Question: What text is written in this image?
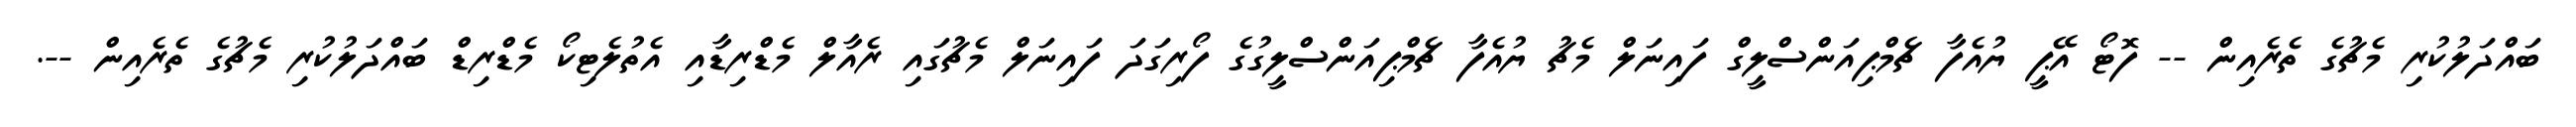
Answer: ބައްދަލުކުރި މެޗުގެ ތެރެއިން -- ފޮޓޯ އޭޕީ ޔުއެފާ ޗެމްޕިއަންސްލީގް ފައިނަލް މެޗު ޔުއެފާ ޗެމްޕިއަންސްލީގުގެ ފޯރިގަދަ ފައިނަލް މެޗުގައި ރެއާލް މެޑްރިޑާއި އެތުލެޓިކޯ މެޑްރިޑް ބައްދަލުކުރި މެޗުގެ ތެރެއިން --.